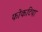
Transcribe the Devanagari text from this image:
फोकटिया